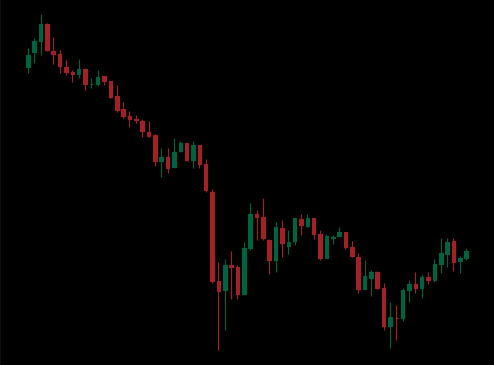
Pattern: bull_flag